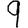
Digit: 9